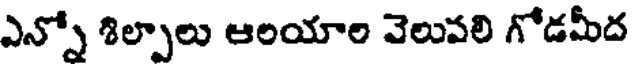
ఎన్నో శిల్పాలు ఆలయాల వెలుపలి గోడమీద